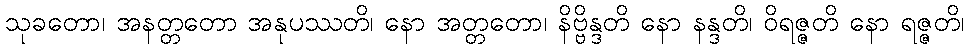
သုခတော၊ အနတ္တတော အနုပဿတိ၊ နော အတ္တတော၊ နိဗ္ဗိန္ဒတိ နော နန္ဒတိ၊ ဝိရဇ္ဇတိ နော ရဇ္ဇတိ၊